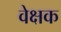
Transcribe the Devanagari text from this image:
वेक्षक